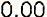
0.00